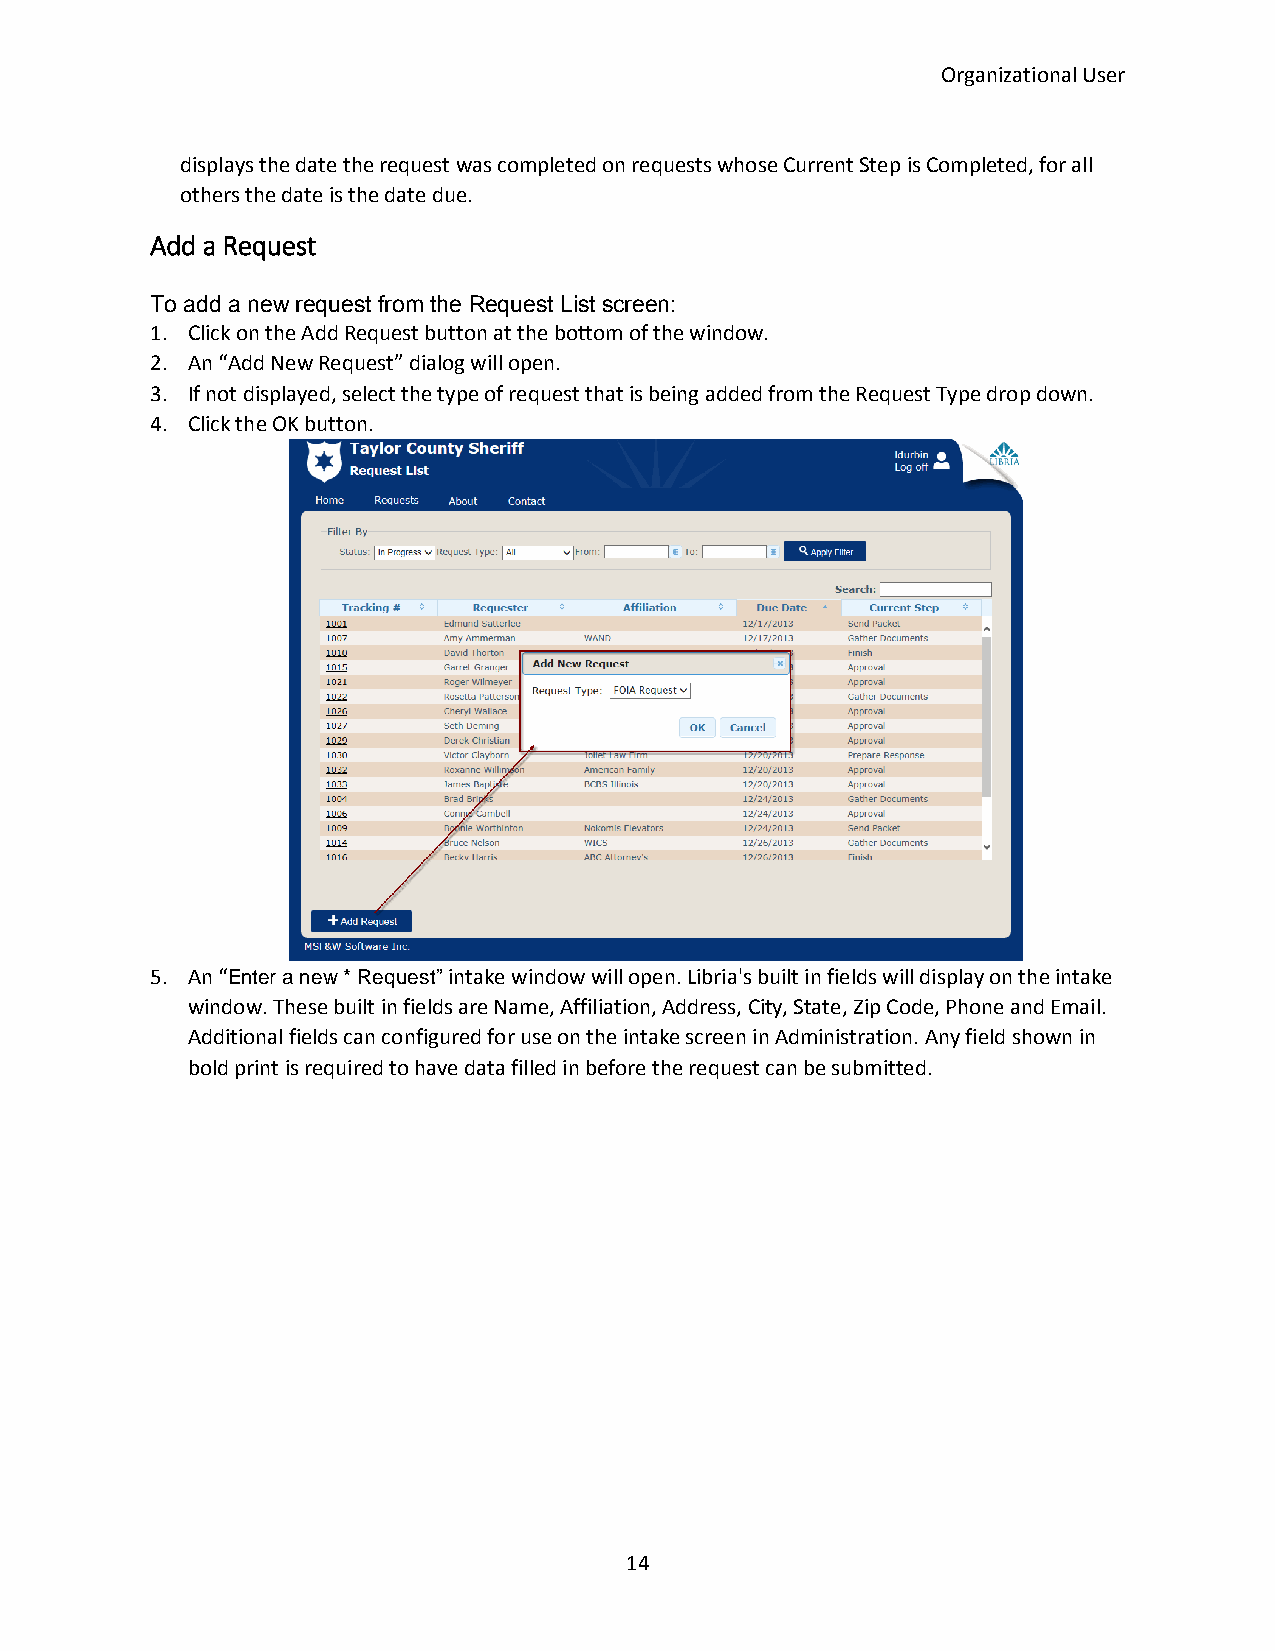
Organizational User
 displays the date the request was completed on requests whose Current Step is Completed, for all
 others the date is the date due.
 Add a Request
 To add a new request from the Request List screen:
 1. Click on the Add Request button at the bottom of the window.
 2. An “Add New Request” dialog will open.
 3. If not displayed, select the type of request that is being added from the Request Type drop down.
 4. Click the OK button.
 5. An “Enter a new * Request” intake window will open. Libria's built in fields will display on the intake
 window. These built in fields are Name, Affiliation, Address, City, State, Zip Code, Phone and Email.
 Additional fields can configured for use on the intake screen in Administration. Any field shown in
 bold print is required to have data filled in before the request can be submitted.
 14